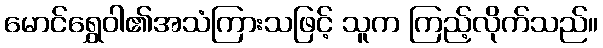
မောင်ရွှေဝါ၏အသံကြားသဖြင့် သူက ကြည့်လိုက်သည်။